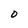
Character: O